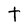
Character: t